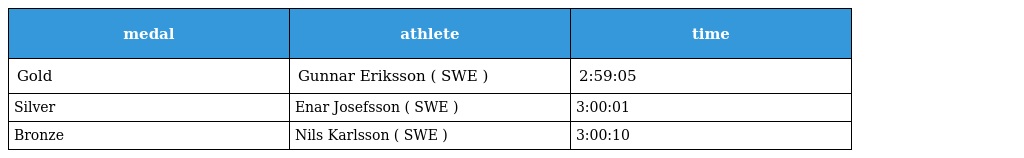
| medal | athlete | time |
 | --- | --- | --- |
 | Gold | Gunnar Eriksson ( SWE ) | 2:59:05 |
 | Silver | Enar Josefsson ( SWE ) | 3:00:01 |
 | Bronze | Nils Karlsson ( SWE ) | 3:00:10 |